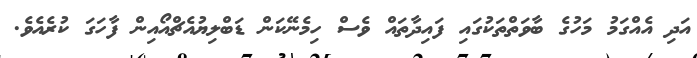
އަދި އެއްގަމު މަހުގެ ބާވަތްތަކުގައި ފައިދާތައް ވެސް ހިމެނޭކަން ޑަބްލިޔުއެޗްއޯއިން ފާހަގަ ކުރެއެވެ.